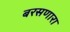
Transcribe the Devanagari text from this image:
बरसणारा